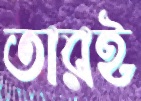
তারই